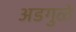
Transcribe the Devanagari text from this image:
अडगुळे